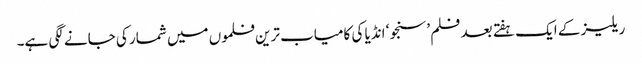
ریلیز کے ایک ہفتے بعد فلم ’سنجو‘ انڈیا کی کامیاب ترین فلموں میں شمار کی جانے لگی ہے۔